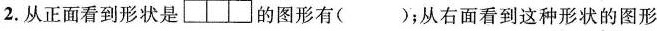
2.从正面看到形状是{\Box } {\Box } {\Box } 的图形有()；从右面看到这种形状的图形